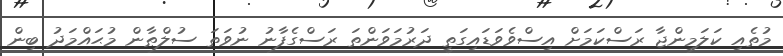
މުތެއި ކަލަމިންޖާ ރަސްކަމަށް އިސްވެވަޑައިގަތީ ދަރުމަވަންތަ ރަސްގެފާނު ނުވަތަ ސުލްޠާން މުޙައްމަދު ބިން